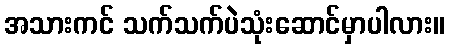
အသားကင် သက်သက်ပဲသုံးဆောင်မှာပါလား။